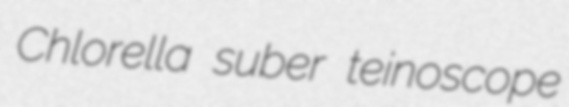
Chlorella suber teinoscope